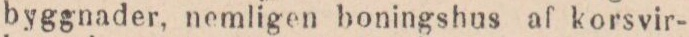
byggnader, nemligen boningshus af korsvir-